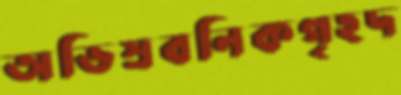
অভিস্রবনিকগৃহদ